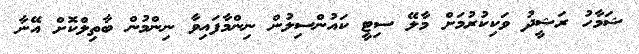
ޝަމާހު ރަޝީދު ވަކިކުރުމަށް މާލޭ ސިޓީ ކައުންސިލުން ނިންމާފައިވާ ނިންމުން ބާތިލްކޮށް އޭނާ